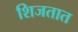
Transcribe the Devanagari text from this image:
शिजतात